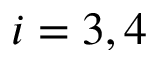
i = 3 , 4